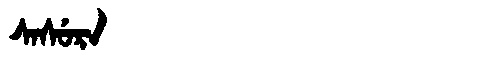
Manchu: ᠰᠠᠰᡠᡵᠠ
Romanization: SASURA